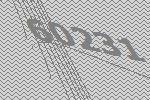
60231